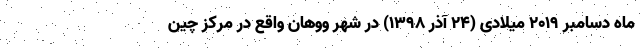
ماه دسامبر ۲۰۱۹ میلادی (۲۴ آذر ۱۳۹۸) در شهر ووهان واقع در مرکز چین